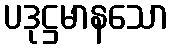
ပဒုဋ္ဌမာနသော